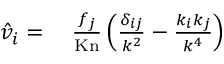
\begin{array} { r l } { \hat { v } _ { i } = } & { { } \medspace \frac { f _ { j } } { \mathrm { K n } } \left( \frac { \delta _ { i j } } { k ^ { 2 } } - \frac { k _ { i } k _ { j } } { k ^ { 4 } } \right) } \end{array}